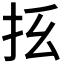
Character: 𪭞